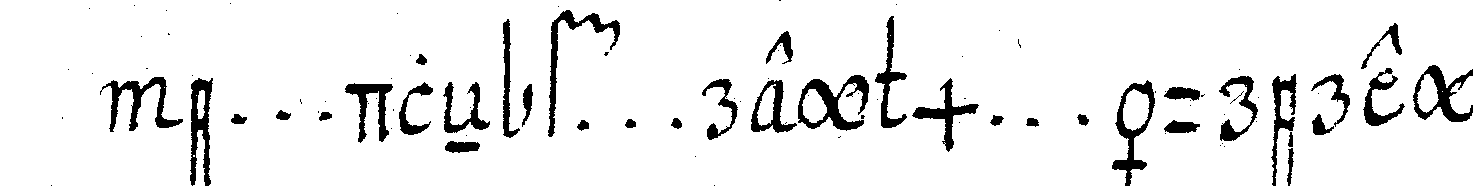
e ... dleN f ... rey m ... äurerey .